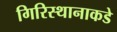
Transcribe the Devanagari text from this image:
गिरिस्थानाकडे